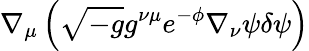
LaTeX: \nabla_{\mu}\left(\sqrt{-g}g^{\nu\mu}e^{-\phi}\nabla_{\nu}\psi\delta\psi\right)